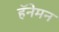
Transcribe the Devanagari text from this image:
हॅनेमन